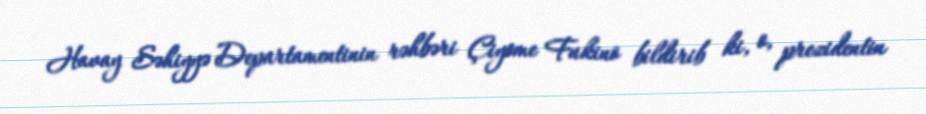
Havay Səhiyyə Departamentinin rəhbəri Çiyome Fukino bildirib ki, o, prezidentin